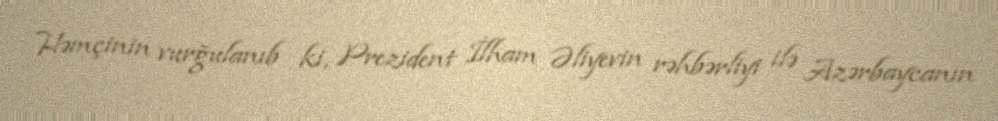
Həmçinin vurğulanıb ki, Prezident İlham Əliyevin rəhbərliyi ilə Azərbaycanın